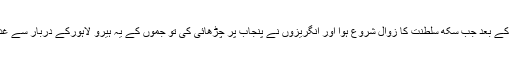
لیکن مہاراجہ رنجیت سنگھ کی وفات کے بعد جب سکھ سلطنت کا زوال شروع ہوا اور انگریزوں نے پنجاب پر چڑھائی کی تو جموں کے یہ ہیرو لاہورکے دربار سے غداری کرکے انگریزوں سے مل گئے۔